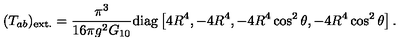
( T _ { a b } ) _ { \mathrm { e x t . } } = \frac { \pi ^ { 3 } } { 1 6 \pi g ^ { 2 } G _ { 1 0 } } \mathrm { d i a g } \left[ 4 R ^ { 4 } , - 4 R ^ { 4 } , - 4 R ^ { 4 } \cos ^ { 2 } \theta , - 4 R ^ { 4 } \cos ^ { 2 } \theta \right] .